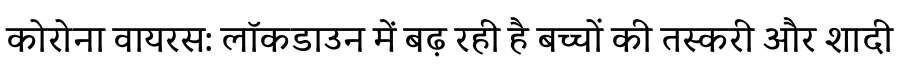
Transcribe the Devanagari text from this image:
कोरोना वायरस: लॉकडाउन में बढ़ रही है बच्चों की तस्करी और शादी